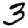
Digit: 3